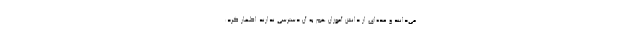
می‌دانند و عده‌ای از دانش آموزان هم به آن دسترسی ندارند اظهار کرد: